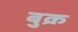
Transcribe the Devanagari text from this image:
बुक्र